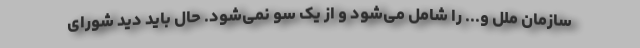
سازمان ملل و... را شامل می‌شود و از یک سو نمی‌شود. حال باید دید شورای